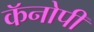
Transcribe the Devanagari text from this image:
कॅनोपी